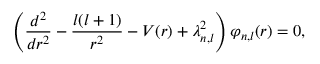
\left( \frac { d ^ { 2 } } { d r ^ { 2 } } - \frac { l ( l + 1 ) } { r ^ { 2 } } - V ( r ) + \lambda _ { n , l } ^ { 2 } \right) \varphi _ { n , l } ( r ) = 0 ,